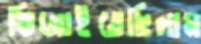
ভিজাইতেছিলাম